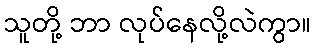
သူတို့ ဘာ လုပ်နေလို့လဲကွာ။